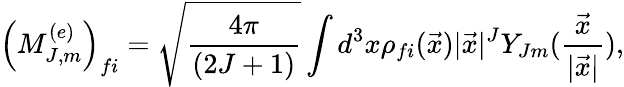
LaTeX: \left(M_{J,m}^{(e)}\right)_{fi}=\sqrt{{\frac{4\pi}{(2J+1)}}}\int d^{3}x\rho_{fi}(\vec{x})|\vec{x}|^{J}Y_{Jm}({\frac{\vec{x}}{|\vec{x}|}}),